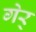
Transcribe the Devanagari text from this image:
गेर्